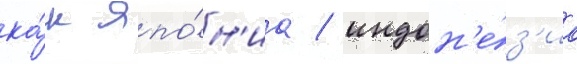
ка́к япо́н'иа / индон'е́з'иа